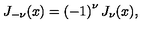
J _ { - \nu } ( x ) = \left( - 1 \right) ^ { \nu } J _ { \nu } ( x ) ,